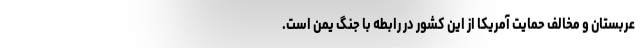
عربستان و مخالف حمایت آمریکا از این کشور در رابطه با جنگ یمن است.